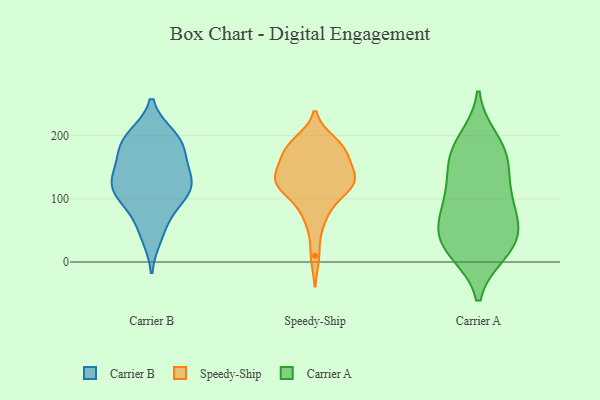
{"axis": {"x": "Shipments", "y": "Value"}, "legend": ["Carrier A", "Carrier B", "Speedy-Ship"], "data": [{"x": "", "y": 119, "type": "Carrier B"}, {"x": "", "y": 108, "type": "Carrier B"}, {"x": "", "y": 155, "type": "Carrier B"}, {"x": "", "y": 194, "type": "Carrier B"}, {"x": "", "y": 195, "type": "Carrier B"}, {"x": "", "y": 119, "type": "Carrier B"}, {"x": "", "y": 107, "type": "Carrier B"}, {"x": "", "y": 181, "type": "Carrier B"}, {"x": "", "y": 141, "type": "Carrier B"}, {"x": "", "y": 41, "type": "Carrier B"}, {"x": "", "y": 199, "type": "Carrier B"}, {"x": "", "y": 120, "type": "Carrier B"}, {"x": "", "y": 58, "type": "Carrier B"}, {"x": "", "y": 93, "type": "Carrier B"}, {"x": "", "y": 182, "type": "Carrier B"}, {"x": "", "y": 140, "type": "Carrier B"}, {"x": "", "y": 132, "type": "Speedy-Ship"}, {"x": "", "y": 176, "type": "Speedy-Ship"}, {"x": "", "y": 170, "type": "Speedy-Ship"}, {"x": "", "y": 126, "type": "Speedy-Ship"}, {"x": "", "y": 184, "type": "Speedy-Ship"}, {"x": "", "y": 127, "type": "Speedy-Ship"}, {"x": "", "y": 161, "type": "Speedy-Ship"}, {"x": "", "y": 124, "type": "Speedy-Ship"}, {"x": "", "y": 190, "type": "Speedy-Ship"}, {"x": "", "y": 186, "type": "Speedy-Ship"}, {"x": "", "y": 141, "type": "Speedy-Ship"}, {"x": "", "y": 120, "type": "Speedy-Ship"}, {"x": "", "y": 176, "type": "Speedy-Ship"}, {"x": "", "y": 100, "type": "Speedy-Ship"}, {"x": "", "y": 10, "type": "Speedy-Ship"}, {"x": "", "y": 131, "type": "Speedy-Ship"}, {"x": "", "y": 113, "type": "Speedy-Ship"}, {"x": "", "y": 64, "type": "Speedy-Ship"}, {"x": "", "y": 75, "type": "Speedy-Ship"}, {"x": "", "y": 137, "type": "Speedy-Ship"}, {"x": "", "y": 87, "type": "Carrier A"}, {"x": "", "y": 56, "type": "Carrier A"}, {"x": "", "y": 28, "type": "Carrier A"}, {"x": "", "y": 17, "type": "Carrier A"}, {"x": "", "y": 115, "type": "Carrier A"}, {"x": "", "y": 167, "type": "Carrier A"}, {"x": "", "y": 53, "type": "Carrier A"}, {"x": "", "y": 101, "type": "Carrier A"}, {"x": "", "y": 180, "type": "Carrier A"}, {"x": "", "y": 193, "type": "Carrier A"}, {"x": "", "y": 29, "type": "Carrier A"}, {"x": "", "y": 165, "type": "Carrier A"}, {"x": "", "y": 16, "type": "Carrier A"}, {"x": "", "y": 136, "type": "Carrier A"}, {"x": "", "y": 67, "type": "Carrier A"}]}